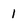
Character: 1